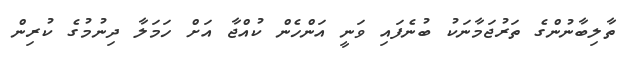
ތާލިބާނުންގެ ތަރުޖަމާނަކު ބުނެފައި ވަނީ އަންހެން ކުއްޖާ އަށް ހަމަލާ ދިނުމުގެ ކުރިން